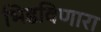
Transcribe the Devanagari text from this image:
भिडविणारा